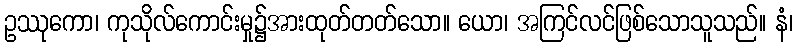
ဥဿုကော၊ ကုသိုလ်ကောင်းမှု၌အားထုတ်တတ်သော။ ယော၊ အကြင်လင်ဖြစ်သောသူသည်။ နံ၊